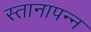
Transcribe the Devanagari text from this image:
स्तानापन्न